Lunatic asylums United Prov. 1922-30 - 1922-1930
Year: 1922
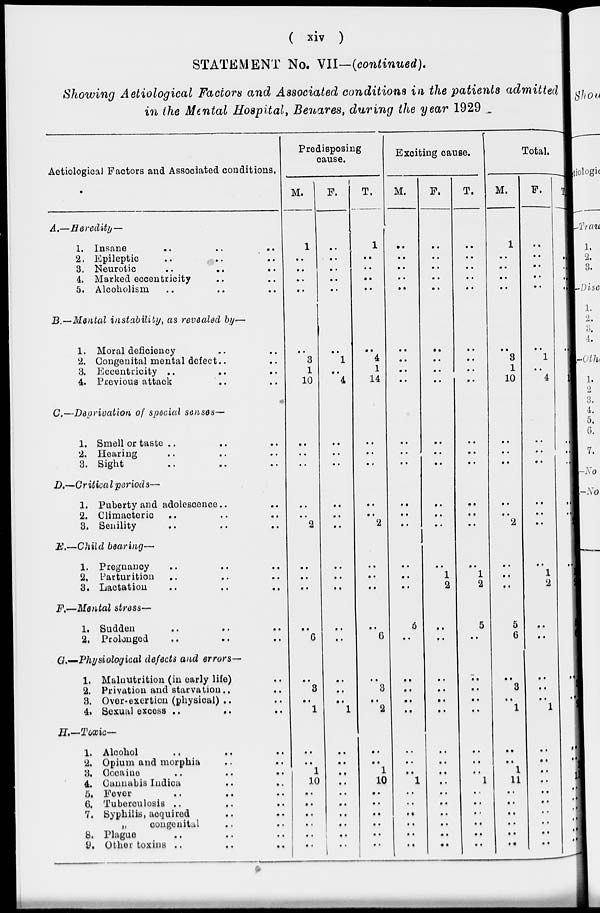
( xiv )
STATEMENT No. VII—(continued).
Showing Aetiological Factors and Associated conditions in the patients admitted
in the Mental Hospital, Benares, during the year 1929
Aetiological Factors and Associated conditions.
A.—Heredity—
1. Insane .. .. ..
2, Epileptic
..
..
..
3. Neurotic .. .. ..
4, Marked eccentricity .. ..
5. Alcoholism .. .. ..
B.—Mental instability, as revealed by—
1. Moral deficiency .. ..
2. Congenital mental defect .. ..
3. Eccentricity .. .. ..
4. Previous attack .. ..
C.—Deprivation of special senses—
1. Smell or taste .. .. ..
2. Hearing .. .. ..
3. Sight .. .. ..
D.—Critical periods—
1. Puberty and adolescence .. .. ..
2. Climacteric .. .. ..
3. Senility .. .. ..
E.—Child bearing—
1. Pregnancy .. .. ..
2. Parturition .. .. ..
3. Lactation .. .. ..
F.—Mental stress-
1. Sudden .. .. ..
2. Prolonged .. .. ..
G.—Physiological defects and errors—
1. Malnutrition (in early life) ..
2. Privation and starvation .. ..
3. Over-exertion (physical) .. ..
4. Sexual excess .. .. ..
H.—Toxic—
1. Alcohol .. .. ..
2. Opium and morphia .. ..
3. Cocaine .. .. ..
4. Cannabis Indica .. ..
5. Fever .. .. ..
6. Tuberculosis .. .. ..
7. Syphilis, acquired .. ..
„
congenital .. ..
8. Plague .. .. ..
9. Other toxins .. .. ..
Predisposing
cause.
M.
1
..
..
..
..
..
3
1
10
..
..
..
..
..
2
..
..
..
..
6
..
3
..
1
..
..
1
10
..
..
..
..
..
..
F.
..
..
..
..
..
..
1
..
4
..
..
..
..
..
..
..
..
..
..
..
..
..
..
1
..
..
..
..
..
..
..
..
..
..
T.
1
..
..
..
..
..
4
1
14
..
..
..
..
..
2
..
..
..
..
6
..
3
..
2
..
..
1
10
..
..
..
..
..
..
Exciting cause.
M.
..
..
..
..
..
..
..
..
..
..
..
..
..
..
..
..
..
..
5
..
..
..
..
..
..
..
..
1
..
..
..
..
..
..
F.
..
..
..
..
..
..
..
..
..
..
..
..
..
..
..
..
1
2
..
..
..
..
..
..
..
..
..
..
..
..
..
..
..
..
T.
..
..
..
..
..
..
..
..
..
..
..
..
..
..
..
..
1
2
5
..
..
..
..
..
..
..
..
1
..
..
..
..
..
..
Total.
M.
1
..
..
..
..
..
3
1
10
..
..
..
..
..
2
..
..
..
5
6
..
3
..
1
..
..
1
11
..
..
..
..
..
..
F.
..
..
..
..
..
..
1
..
4
..
..
..
..
..
..
..
1
2
..
..
..
..
..
1
..
..
..
..
..
..
..
..
..
..
T.
1
..
..
..
..
..
4
1
14
..
..
..
..
..
2
..
1
2
5
6
..
3
..
2
..
..
1
11
..
..
..
..
..
..